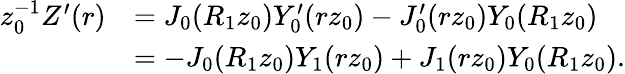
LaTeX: \begin{array}{rl}{z_{0}^{-1}Z^{\prime}(r)}&{=J_{0}(R_{1}z_{0})Y_{0}^{\prime}(rz_{0})-J_{0}^{\prime}(rz_{0})Y_{0}(R_{1}z_{0})}\\ &{=-J_{0}(R_{1}z_{0})Y_{1}(rz_{0})+J_{1}(rz_{0})Y_{0}(R_{1}z_{0}).}\end{array}